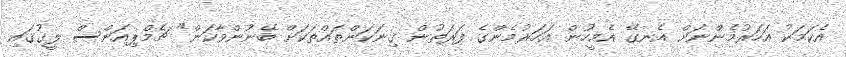
އެކަމަކު އަހަރުމެންނަށް އެނގޭ އެމީހުން އަހަރުމެންގެ ފަރަތުން ގިނަކަންތައްތަކަށް ބޭނުންވާކަން" ޗެމްޕިއަންސް ލީގުގައި